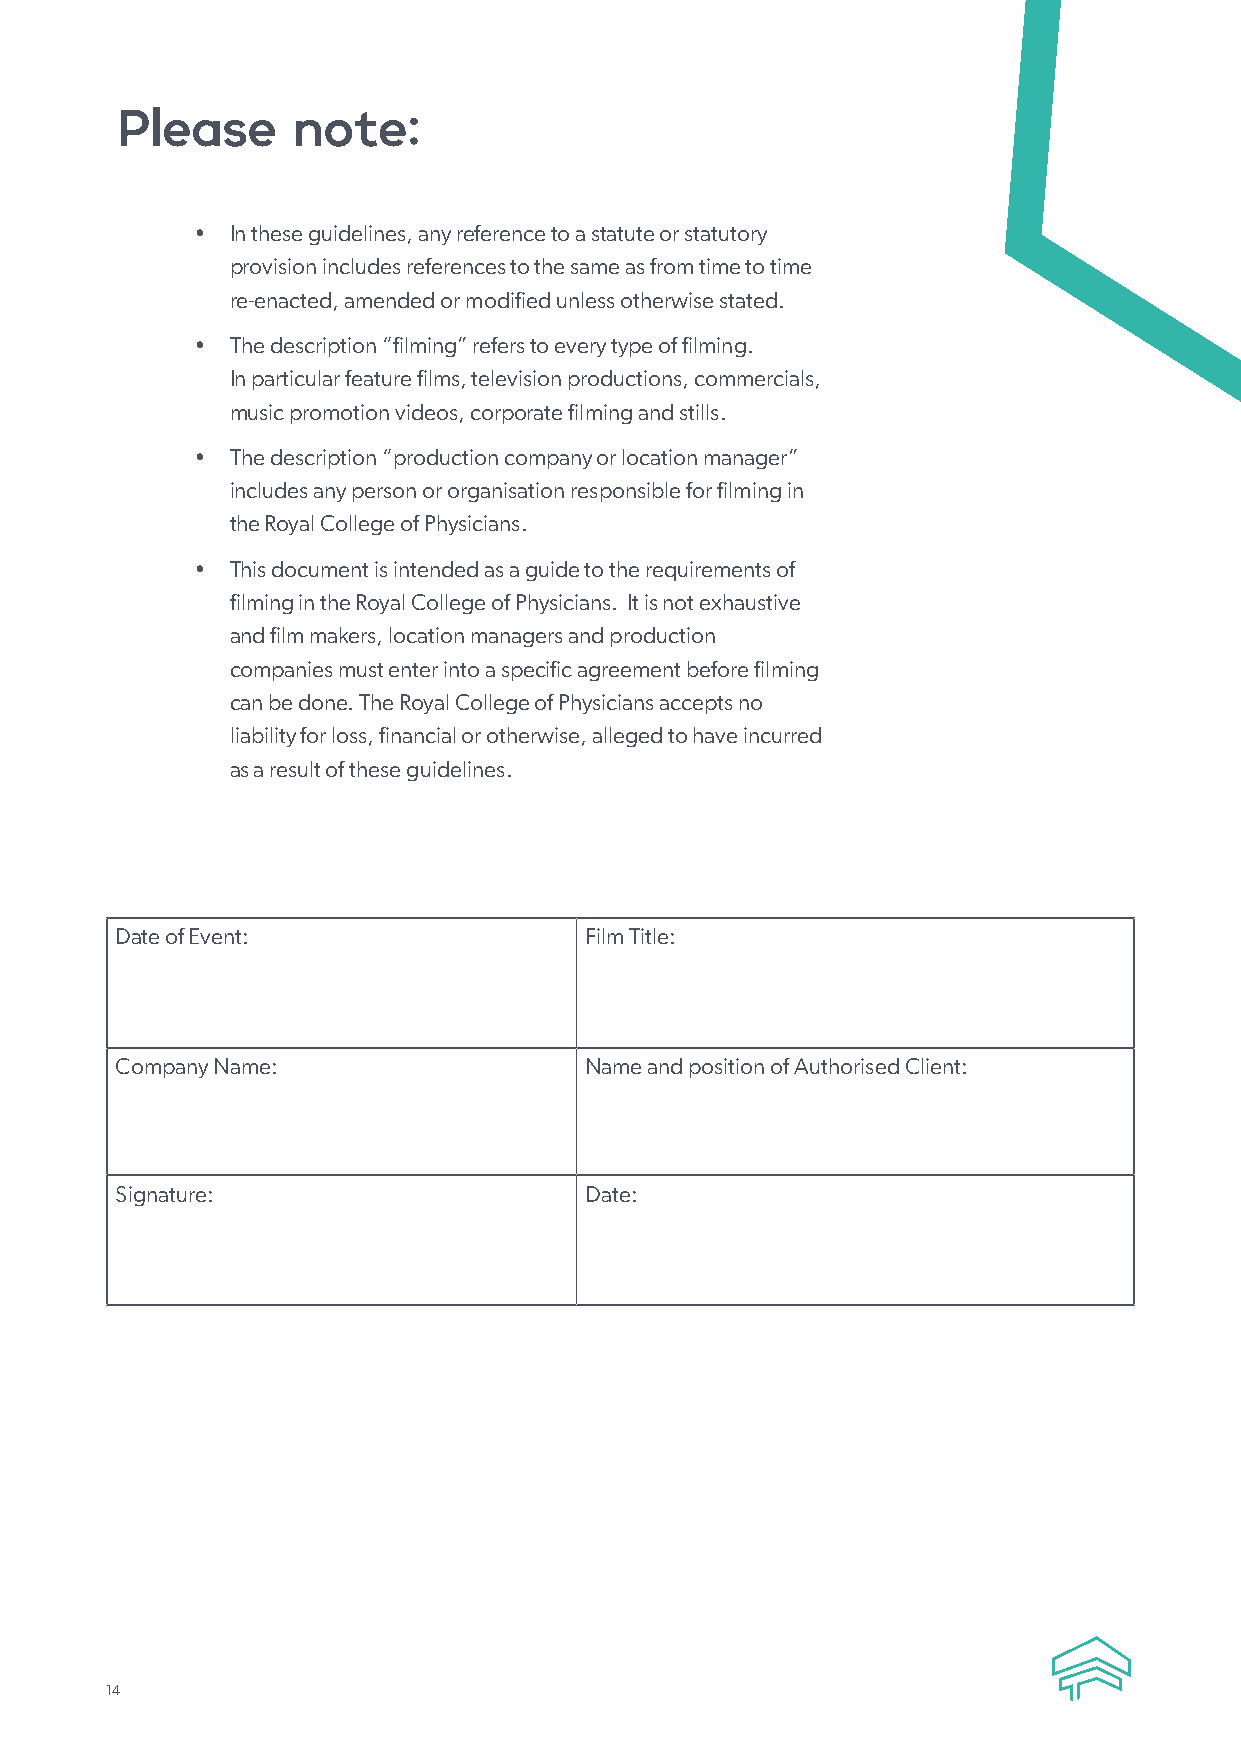
Please     note:
 • In these guidelines, any reference to a statute or statutory
 provision includes references to the same as from time to time
 re-enacted, amended or modified unless otherwise stated.
 • The description “filming” refers to every type of filming.
 In particular feature films, television productions, commercials,
 music promotion videos, corporate filming and stills.
 • The description “production company or location manager”
 includes any person or organisation responsible for filming in
 the Royal College of Physicians.
 • This document is intended as a guide to the requirements of
 filming in the Royal College of Physicians. It is not exhaustive
 and film makers, location managers and production
 companies must enter into a specific agreement before filming
 can be done. The Royal College of Physicians accepts no
 liability for loss, financial or otherwise, alleged to have incurred
 as a result of these guidelines.
 Date of Event:                 Film Title:
 Company Name:                  Name and position of Authorised Client:
 Signature:                     Date:
 14